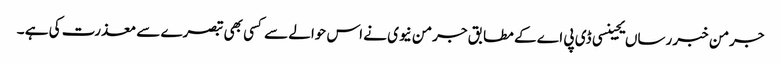
جرمن خبر رساں یجینسی ڈی پی اے کے مطابق جرمن نیوی نے اس حوالے سے کسی بھی تبصرے سے معذرت کی ہے ۔